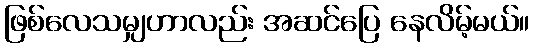
ဖြစ်လေသမျှဟာလည်း အဆင်ပြေ နေလိမ့်မယ်။